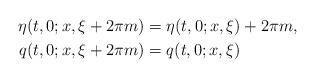
LaTeX: \begin{align*}\eta(t,0;x,\xi+2\pi m)&=\eta(t,0;x,\xi)+2\pi m , \\q(t,0;x,\xi+2\pi m)&=q(t,0;x,\xi)\end{align*}